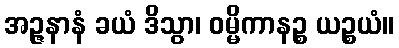
အဉ္ဇနာနံ ခယံ ဒိသွာ၊ ဝမ္မိကာနဉ္စ ယဉ္စယံ။